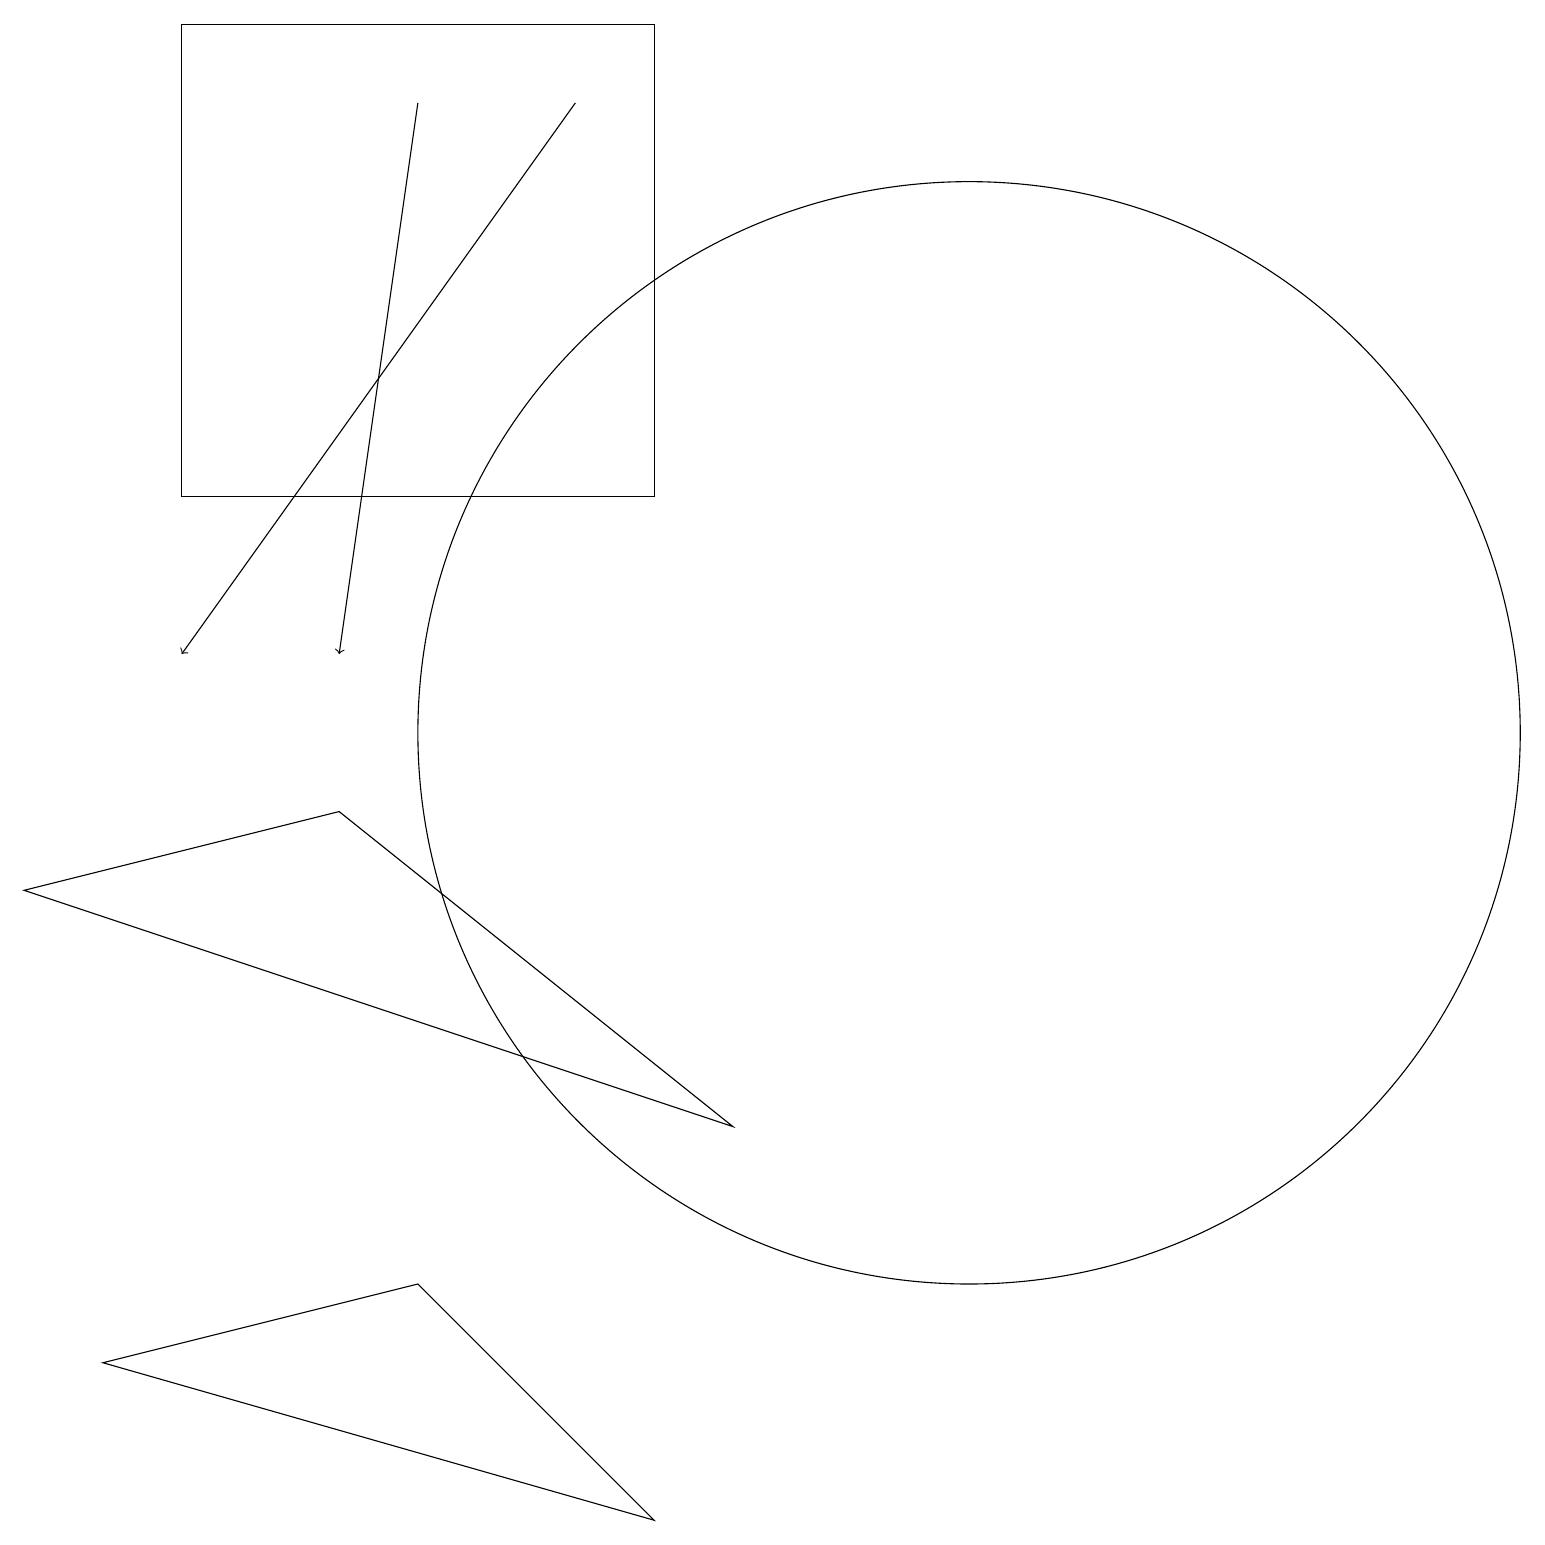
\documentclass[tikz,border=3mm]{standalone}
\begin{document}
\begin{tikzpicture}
\draw (8,0) -- (1,2) -- (5,3) -- cycle;
\draw[->] (7,18) -- (2,11);
\draw (12,10) circle (7);
\draw (4,9) -- (0,8) -- (9,5) -- cycle;
\draw (2,13) rectangle (8,19);
\draw[->] (5,18) -- (4,11);
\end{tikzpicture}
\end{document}